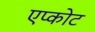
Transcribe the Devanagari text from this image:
एप्कोट